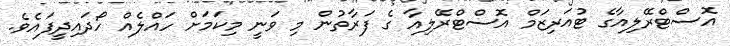
އޮސްޓްރޭލިއާގެ ޓުއަރިޒަމް އޮސްޓްރޭލިއާ ގެ ފަރާތުން މި ވަނީ މިކަމަށް ހައްލެއް ހޯދައިދީފައެވެ.